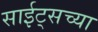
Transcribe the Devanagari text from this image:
साईट्सच्या